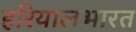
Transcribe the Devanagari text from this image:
हरियालभारत